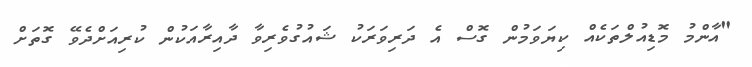
"އާންމު މޮޑިއުލްތަކެއް ކިޔަވަމުން ގޮސް އެ ދަރިވަރަކު ޝައުގުވެރިވާ ދާއިރާއަކުން ކުރިއަށްދެވޭ ގޮތަށް